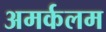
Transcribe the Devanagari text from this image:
अमर्कलम